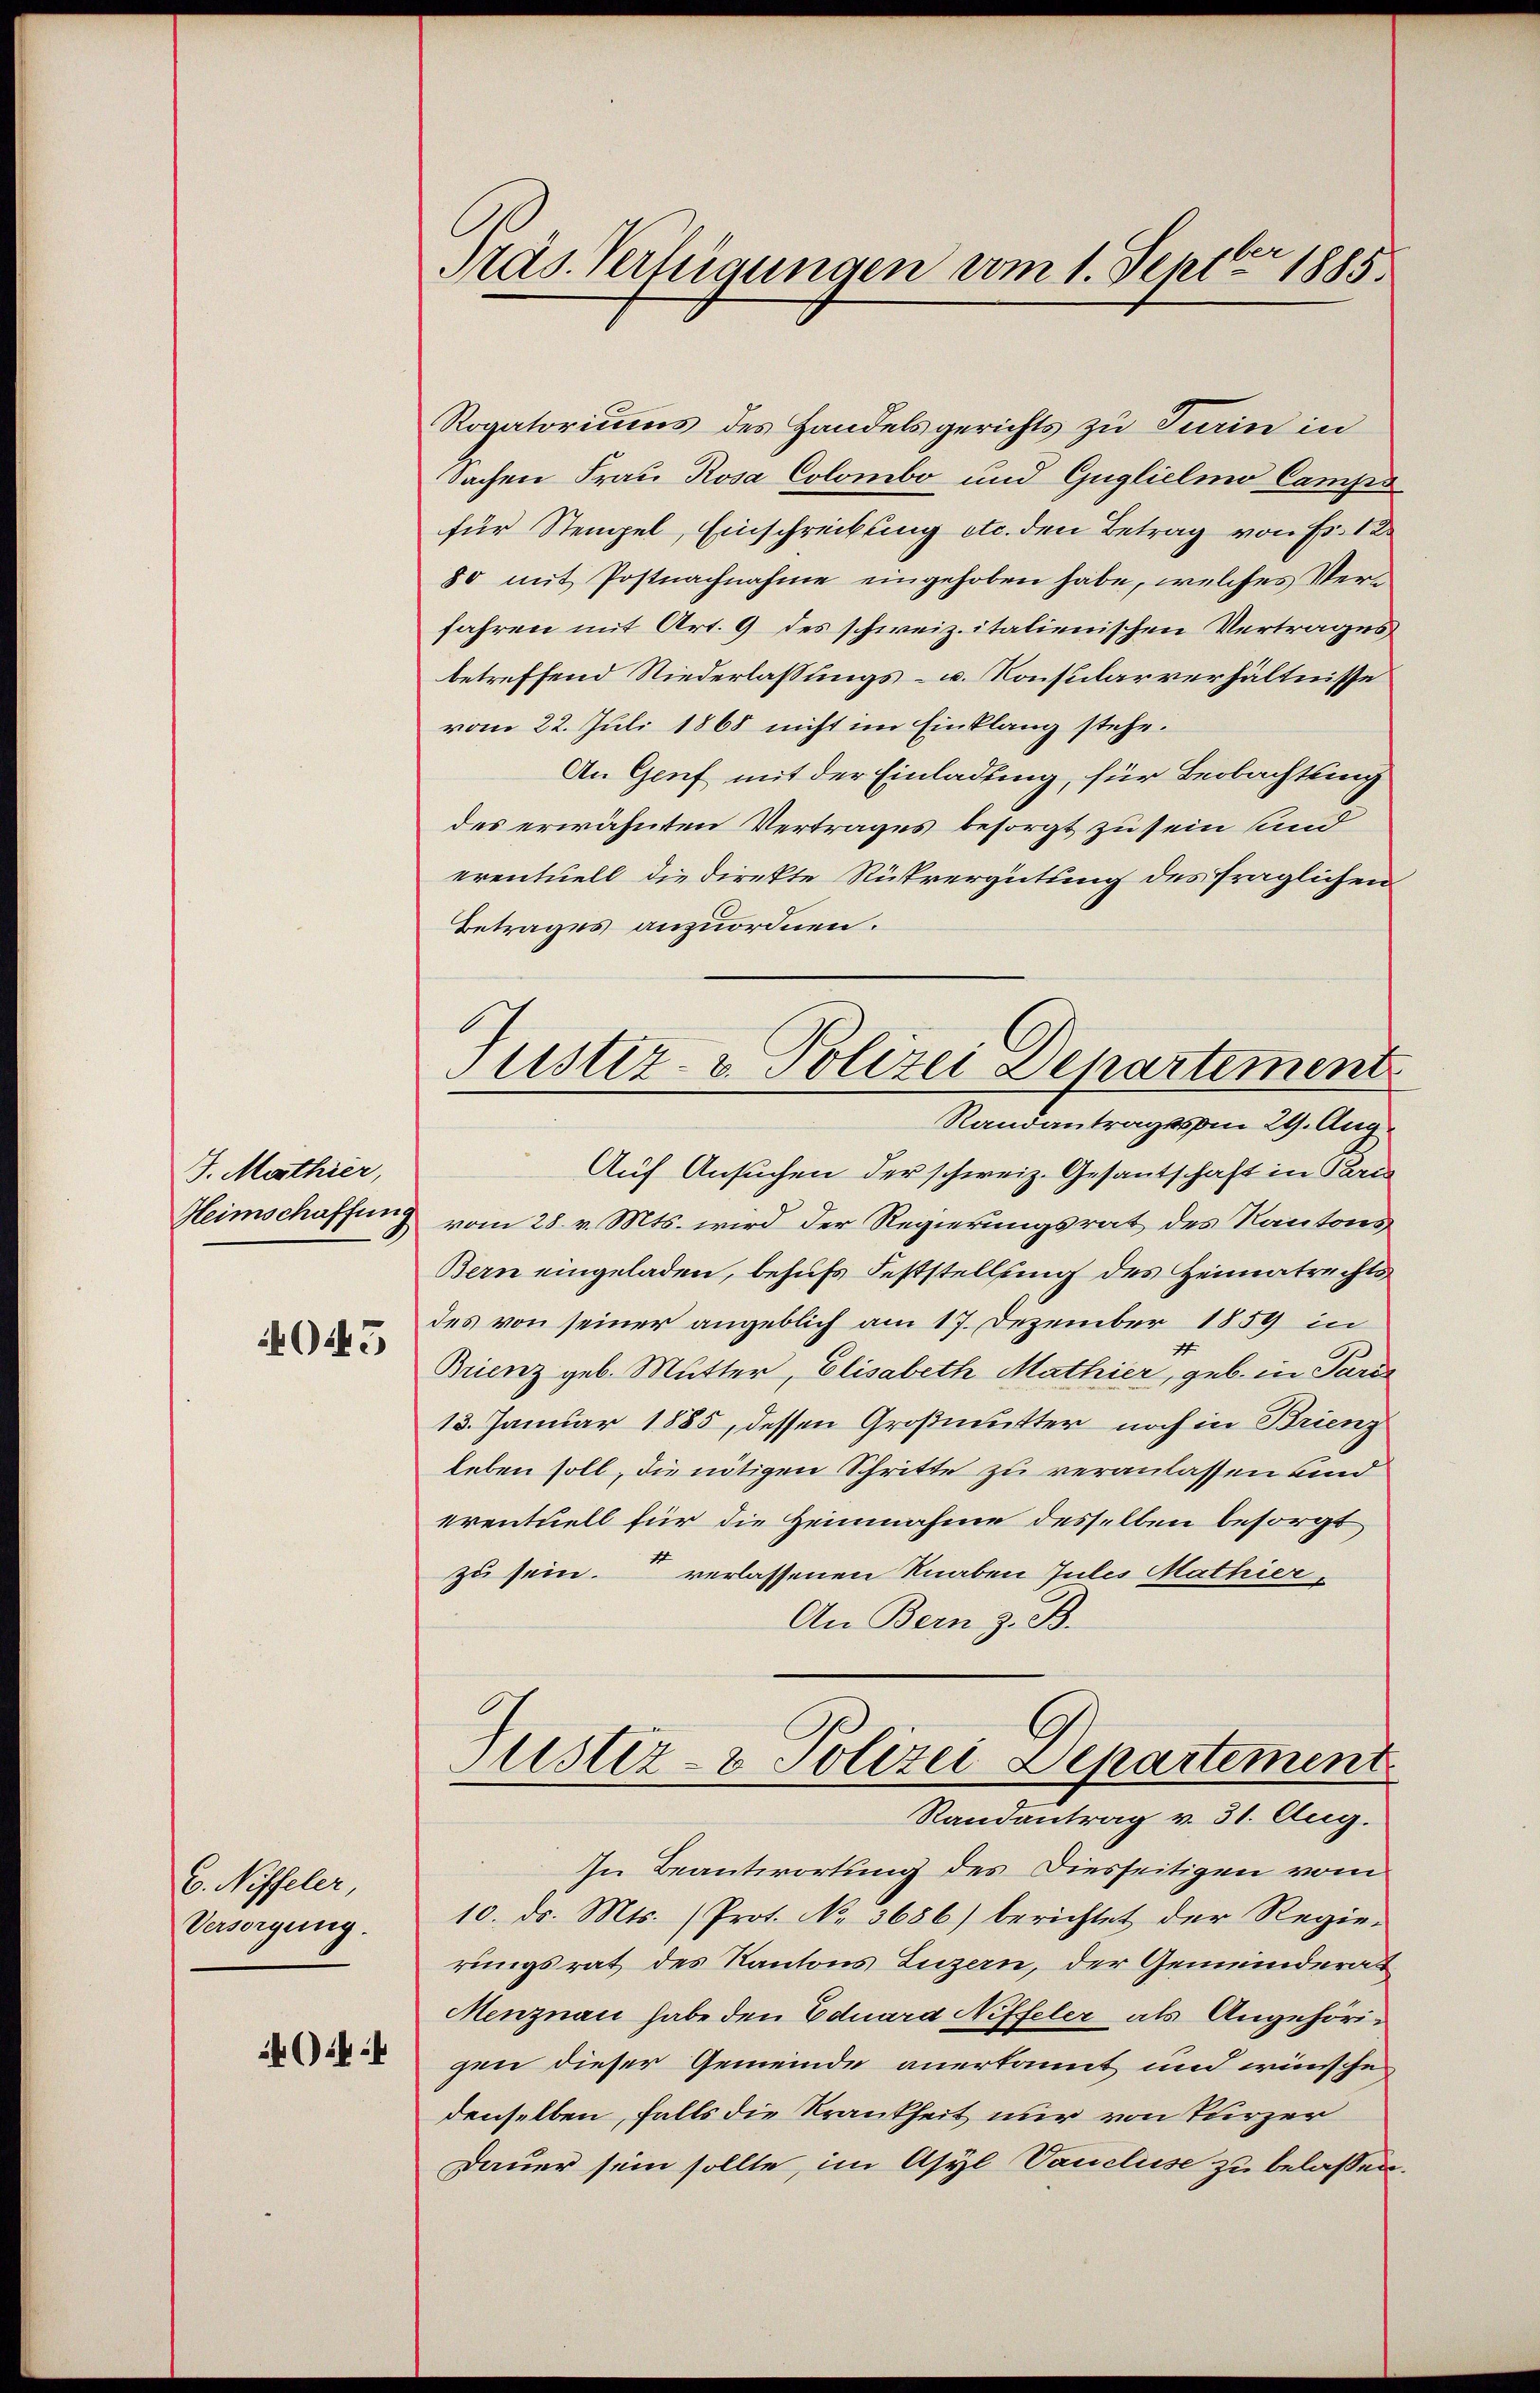
J. Mathier,
045

C. Niffeler,
Versorgung.
44

Präs. Verfügungen vom 1. Septbr 1885.

Rogatoriums des Handelsgerichts zu Turin in
Sachen Frau Rosa Colombo und Guglielina Camps
für Stempel, Einschreckung etc. den Betrag von Fr. 12
80 mit Postnachnahme eingehoben habe, welches Verfahren mit Art. 9 des schweiz. italienischen Vertrages
betreffend Niederlassungs- u. Konsularverhältnisse
vom 22. Juli 1868 nicht im Einklang stehe.
An Genf mit der Einladung, für Beobachtung
des erwähnten Vertrages besorgt zu sein und
eventuell die Direkte Rückvergütung des fraglichen
Betrages anzuordnen.
Randantrag vom 29. Aug.
Auf Ansuchen der schweiz. Gesantschaft in Paris
Heimschaffung vom 28. v. Mts. wird der Regierungsrat des Kantons
Bern eingeladen, behufs Feststellung des Heimatrechts
des von seiner angeblich am 17. Dezember 1859 in
Brienz geb. Mutter, Elisabeth Mathier, geb. in Paris
13. Januar 1885, dessen Großmutter noch in Brienz
leben soll, die nötigen Schritte zu veranlassen und
eventuell für die Heinnahme desselben besorgt
1
zu sein. verlassenen Knaben Jules Mathier,
An Bern z. B.
Justiz- & Polizei Departement
Randantrag v. 31. Aug.
In Beantwortung des Diesseitigen vom
10. ds. Mts. (Prot. No. 3686) berichtet der Regie-
rungsrat des Kantons Luzern, der Gemeinderat
Menznau habe den Eduara Niffeler als Angehörigen dieser Gemeinde anerkannt und wünsche
denselben, falls die Krankheit nur von kurzer
Dauer sein sollte, im Asyl Vaucluise zu belassen.

Justiz- & Polizei Departement